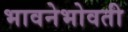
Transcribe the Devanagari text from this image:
भावनेभोवती